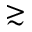
\gtrsim